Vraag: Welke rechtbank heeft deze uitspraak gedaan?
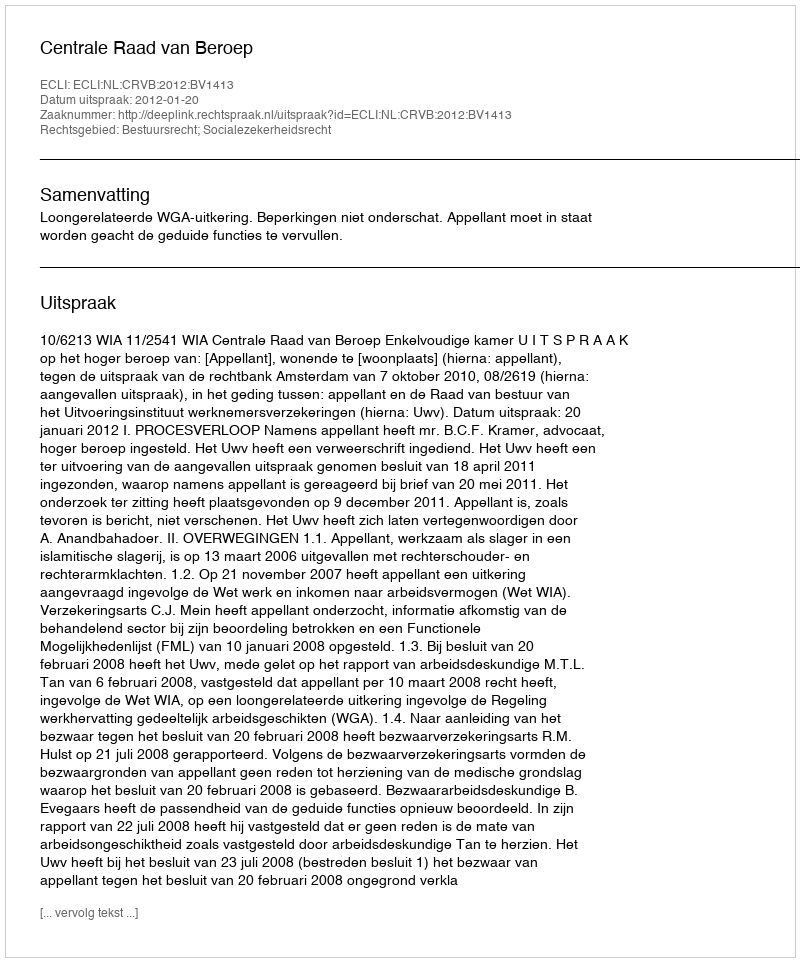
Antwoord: Centrale Raad van Beroep